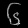
Digit: ၆